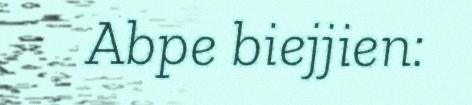
Abpe biejjien: